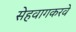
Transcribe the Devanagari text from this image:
सेहवागकरवे